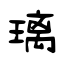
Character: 璃